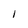
Character: 1